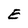
Character: E